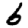
Digit: 6